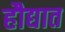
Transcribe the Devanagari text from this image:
हौद्यात